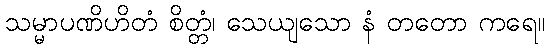
သမ္မာပဏိဟိတံ စိတ္တံ၊ သေယျသော နံ တတော ကရေ။